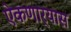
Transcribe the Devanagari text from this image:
ऐकणार्‍यास